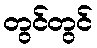
တွင်တွင်